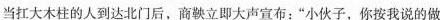
当扛大木柱的人到达北门后，商鞅立即大声宣布：”小伙子，你按我说的做